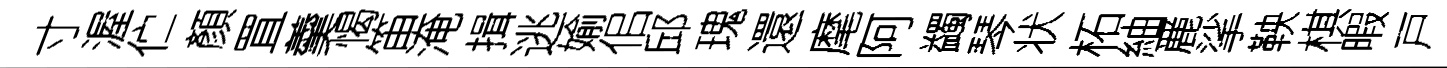
寸渥伫顏罝羹愒笛淹揖逃媮佀邱瑰還麾阿蠲琴状柘紬䴡挲鞅棋暇戸